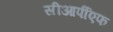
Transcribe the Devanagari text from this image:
सीआर्पीएफ